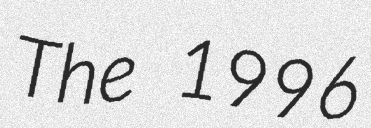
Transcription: The 1996